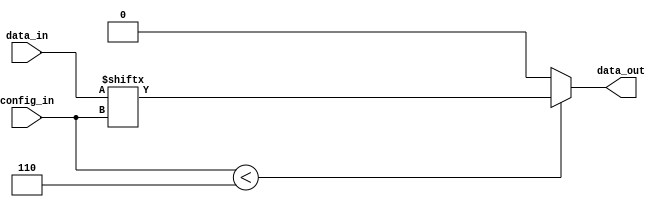
module MultiplexerIOIO(
    input [5:0] data_in,
    output data_out,
    input [2:0] config_in
);
    // Dispatch the config 
    wire [2:0] c_selector = config_in[2:0];

    // Synthesizer is probably better than me to infer the best mux
    assign data_out = config_in < 6 ? data_in[c_selector] : 0;
endmodule